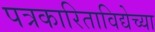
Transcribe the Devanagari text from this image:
पत्रकारिताविद्येच्या